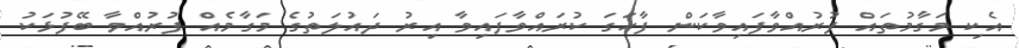
އެކި މަގާމުތައް ފުރުއްވާފައިވާކަން ފާހަގަ ކުރައްވާފައިވާ އިރު ދައުލަތުގެ މަގާމެއް ފުރުއްވާ ބޭފުޅަކު